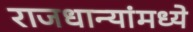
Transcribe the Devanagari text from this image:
राजधान्यांमध्ये